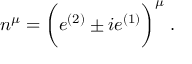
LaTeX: n ^ { \mu } = \biggl ( e ^ { ( 2 ) } \pm i e ^ { ( 1 ) } \biggr ) ^ { \mu } \; .